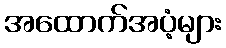
အထောက်အပံ့များ